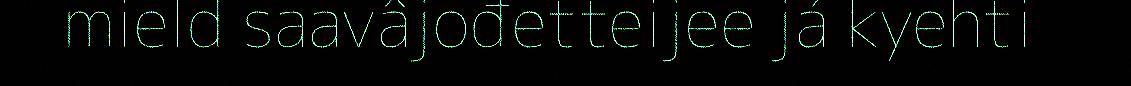
mield saavâjođetteijee já kyehti